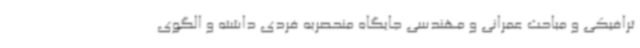
ترافیکی و مباحث عمرانی و مهندسی جایگاه منحصربه فردی داشته و الگوی